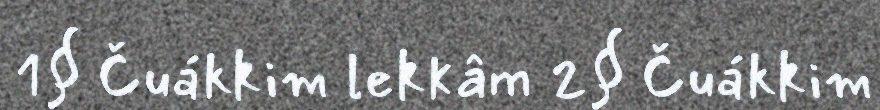
1§ Čuákkim lekkâm 2§ Čuákkim